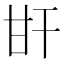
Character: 𤮽